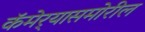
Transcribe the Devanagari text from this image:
कॅमेर्‍यासमोरील